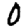
Digit: 0